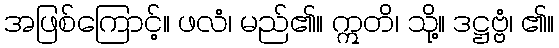
အဖြစ်ကြောင့်။ ဖလံ၊ မည်၏။ ဣတိ၊ သို့။ ဒဋ္ဌဗ္ဗံ၊ ၏။